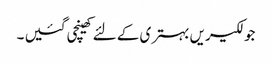
جو لکیریں بہتری کے لئے کھینچی گئیں ۔